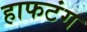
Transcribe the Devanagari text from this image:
हाफटंग